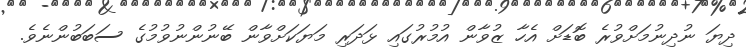
ދިޔަ ނުދިނުމަށްވުރެ ބޮޑަށް އެހާ ޒުވާން އުމުރުގައި ޅަދަރި މަޔަކަށްވާން ބޭނުންނުވުމުގެ ސަބަބުންނެވެ.